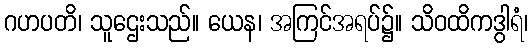
ဂဟပတိ၊ သူဌေးသည်။ ယေန၊ အကြင်အရပ်၌။ သိဝထိကဒွါရံ၊